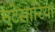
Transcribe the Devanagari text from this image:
मुटेसारिया